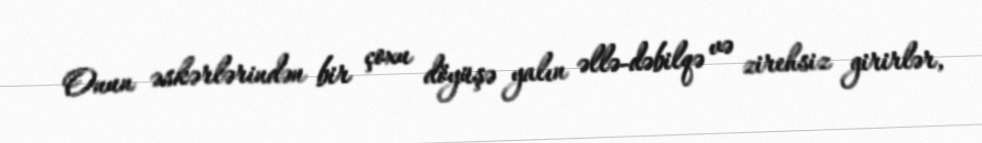
Onun əskərlərindən bir çoxu döyüşə yalın əllə-dəbilqə və zirehsiz girirlər,